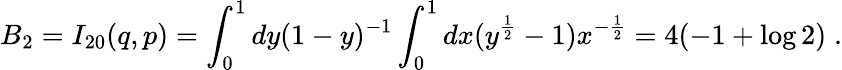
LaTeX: B_{2}=I_{20}(q,p)=\int_{0}^{1}dy(1-y)^{-1}\int_{0}^{1}dx(y^{\frac 12}-1)x^{-\frac 12}=4(-1+\log 2)\; .